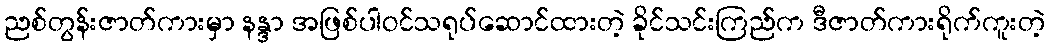
ညစ်တွန်းဇာတ်ကားမှာ နန္ဒာ အဖြစ်ပါဝင်သရုပ်ဆောင်ထားတဲ့ ခိုင်သင်းကြည်က ဒီဇာတ်ကားရိုက်ကူးတဲ့